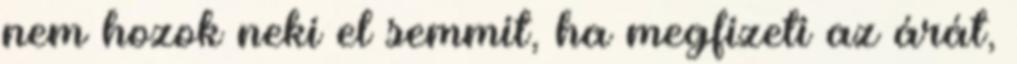
nem hozok neki el semmit, ha megfizeti az árát,